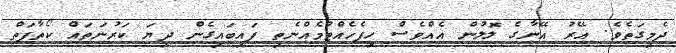
ދެމިގަތެވެ. އޭރު އޭނާގެ ލޮލުން އެއްވެސް ހިފެހެއްޓުމެއްނެތި ފައިބައިގެން ދިޔަ ކަރުނަތައް ކޯތާފަތް